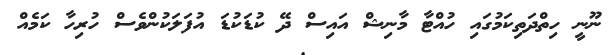
ނޫނީ ހިތްދަތިކަމުގައި ހުއްޓާ މާނިޝް އައިސް ދޭ ކުޑަކުޑަ އުފަލަކުންވެސް ހުރިހާ ކަމެއް